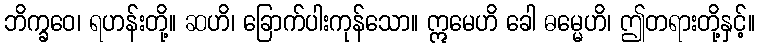
ဘိက္ခဝေ၊ ရဟန်းတို့။ ဆဟိ၊ ခြောက်ပါးကုန်သော။ ဣမေဟိ ခေါ ဓမ္မေဟိ၊ ဤတရားတို့နှင့်။